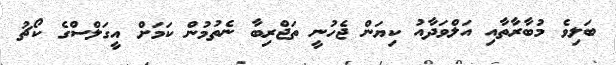
ބަލިވެ މުބާރާތާއި އަލްވަދާއު ކިޔަން ޖެހުނީ ތަޖްރިބާ ނެތުމުން ކަމަށް އީގަލްސްގެ ކޯޗު